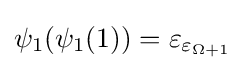
\psi _{1}(\psi _{1}(1))=\varepsilon _{\varepsilon _{\Omega +1}}